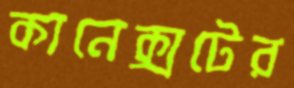
কানেক্সটের